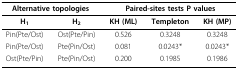
<table><thead><tr><td colspan="2"><b>Alternative topologies</b></td><td colspan="3"><b>Paired-sites tests P values</b></td></tr></thead><tbody><tr><td><b>H<sub>1</sub></b></td><td><b>H<sub>2</sub></b></td><td><b>KH (ML)</b></td><td><b>Templeton</b></td><td><b>KH (MP)</b></td></tr><tr><td>Pin(Pte/Ost)</td><td>Ost(Pte/Pin)</td><td>0.526</td><td>0.3248</td><td>0.3248</td></tr><tr><td>Pin(Pte/Ost)</td><td>Pte(Pin/Ost)</td><td>0.081</td><td>0.0243*</td><td>0.0243*</td></tr><tr><td>Ost(Pte/Pin)</td><td>Pte(Pin/Ost)</td><td>0.200</td><td>0.1985</td><td>0.1986</td></tr></tbody></table>